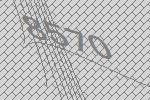
8570